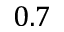
0 . 7